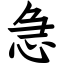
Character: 急